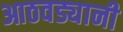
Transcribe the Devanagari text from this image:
आठवड्यानी